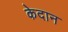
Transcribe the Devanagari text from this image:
केदान